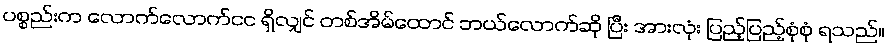
ပစ္စည်းက လောက်လောက်ငင ရှိလျှင် တစ်အိမ်ထောင် ဘယ်လောက်ဆို ပြီး အားလုံး ပြည့်ပြည့်စုံစုံ ရသည်။